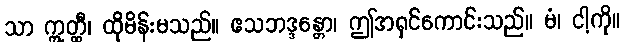
သာ ဣတ္ထီ၊ ထိုမိန်းမသည်။ ဧသဘဒ္ဒန္တော၊ ဤအရှင်ကောင်းသည်။ မံ၊ ငါ့ကို။